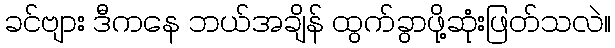
ခင်ဗျား ဒီကနေ ဘယ်အချိန် ထွက်ခွာဖို့ဆုံးဖြတ်သလဲ။